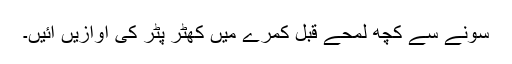
سونے سے کچھ لمحے قبل کمرے میں کھٹر پٹر کی آوازیں آئیں۔